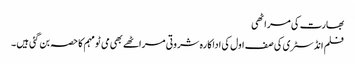
بھارت کی مراٹھی
فلم انڈسٹری کی صف اول کی اداکارہ شروتی مراٹھے بھی می ٹو مہم کا حصہ بن گئی ہیں ۔